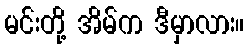
မင်းတို့ အိမ်က ဒီမှာလား။